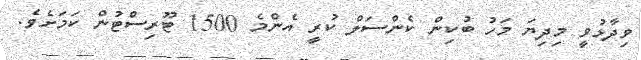
ވިދާޅުވީ މިދިޔަ މަހު ބުކިން ކެންސަލް ކުރީ އެންމެ 1500 ޓޫރިސްޓުން ކަމަށެވެ.